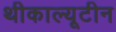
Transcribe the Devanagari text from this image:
थीकाल्यूटीन